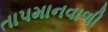
તાપમાનવાળી